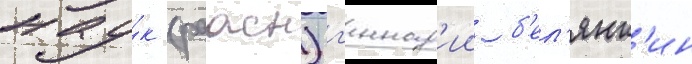
нау́к (раасн) г'еннад'ии б'ел'янк'ин